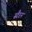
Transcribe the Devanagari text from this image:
स्टैरन